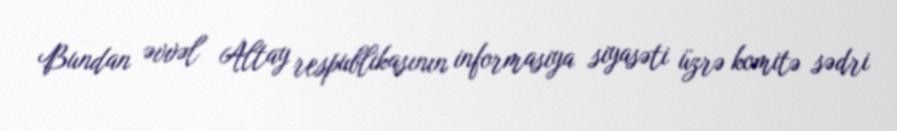
Bundan əvvəl Altay respublikasının informasiya siyasəti üzrə komitə sədri